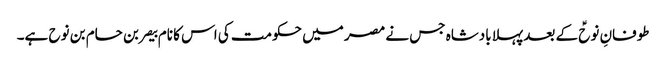
طوفانِ نوحؑ کے بعد پہلا بادشاہ جس نے مصر میں حکومت کی اس کا نام بیصر بن حام بن نوح ہے۔